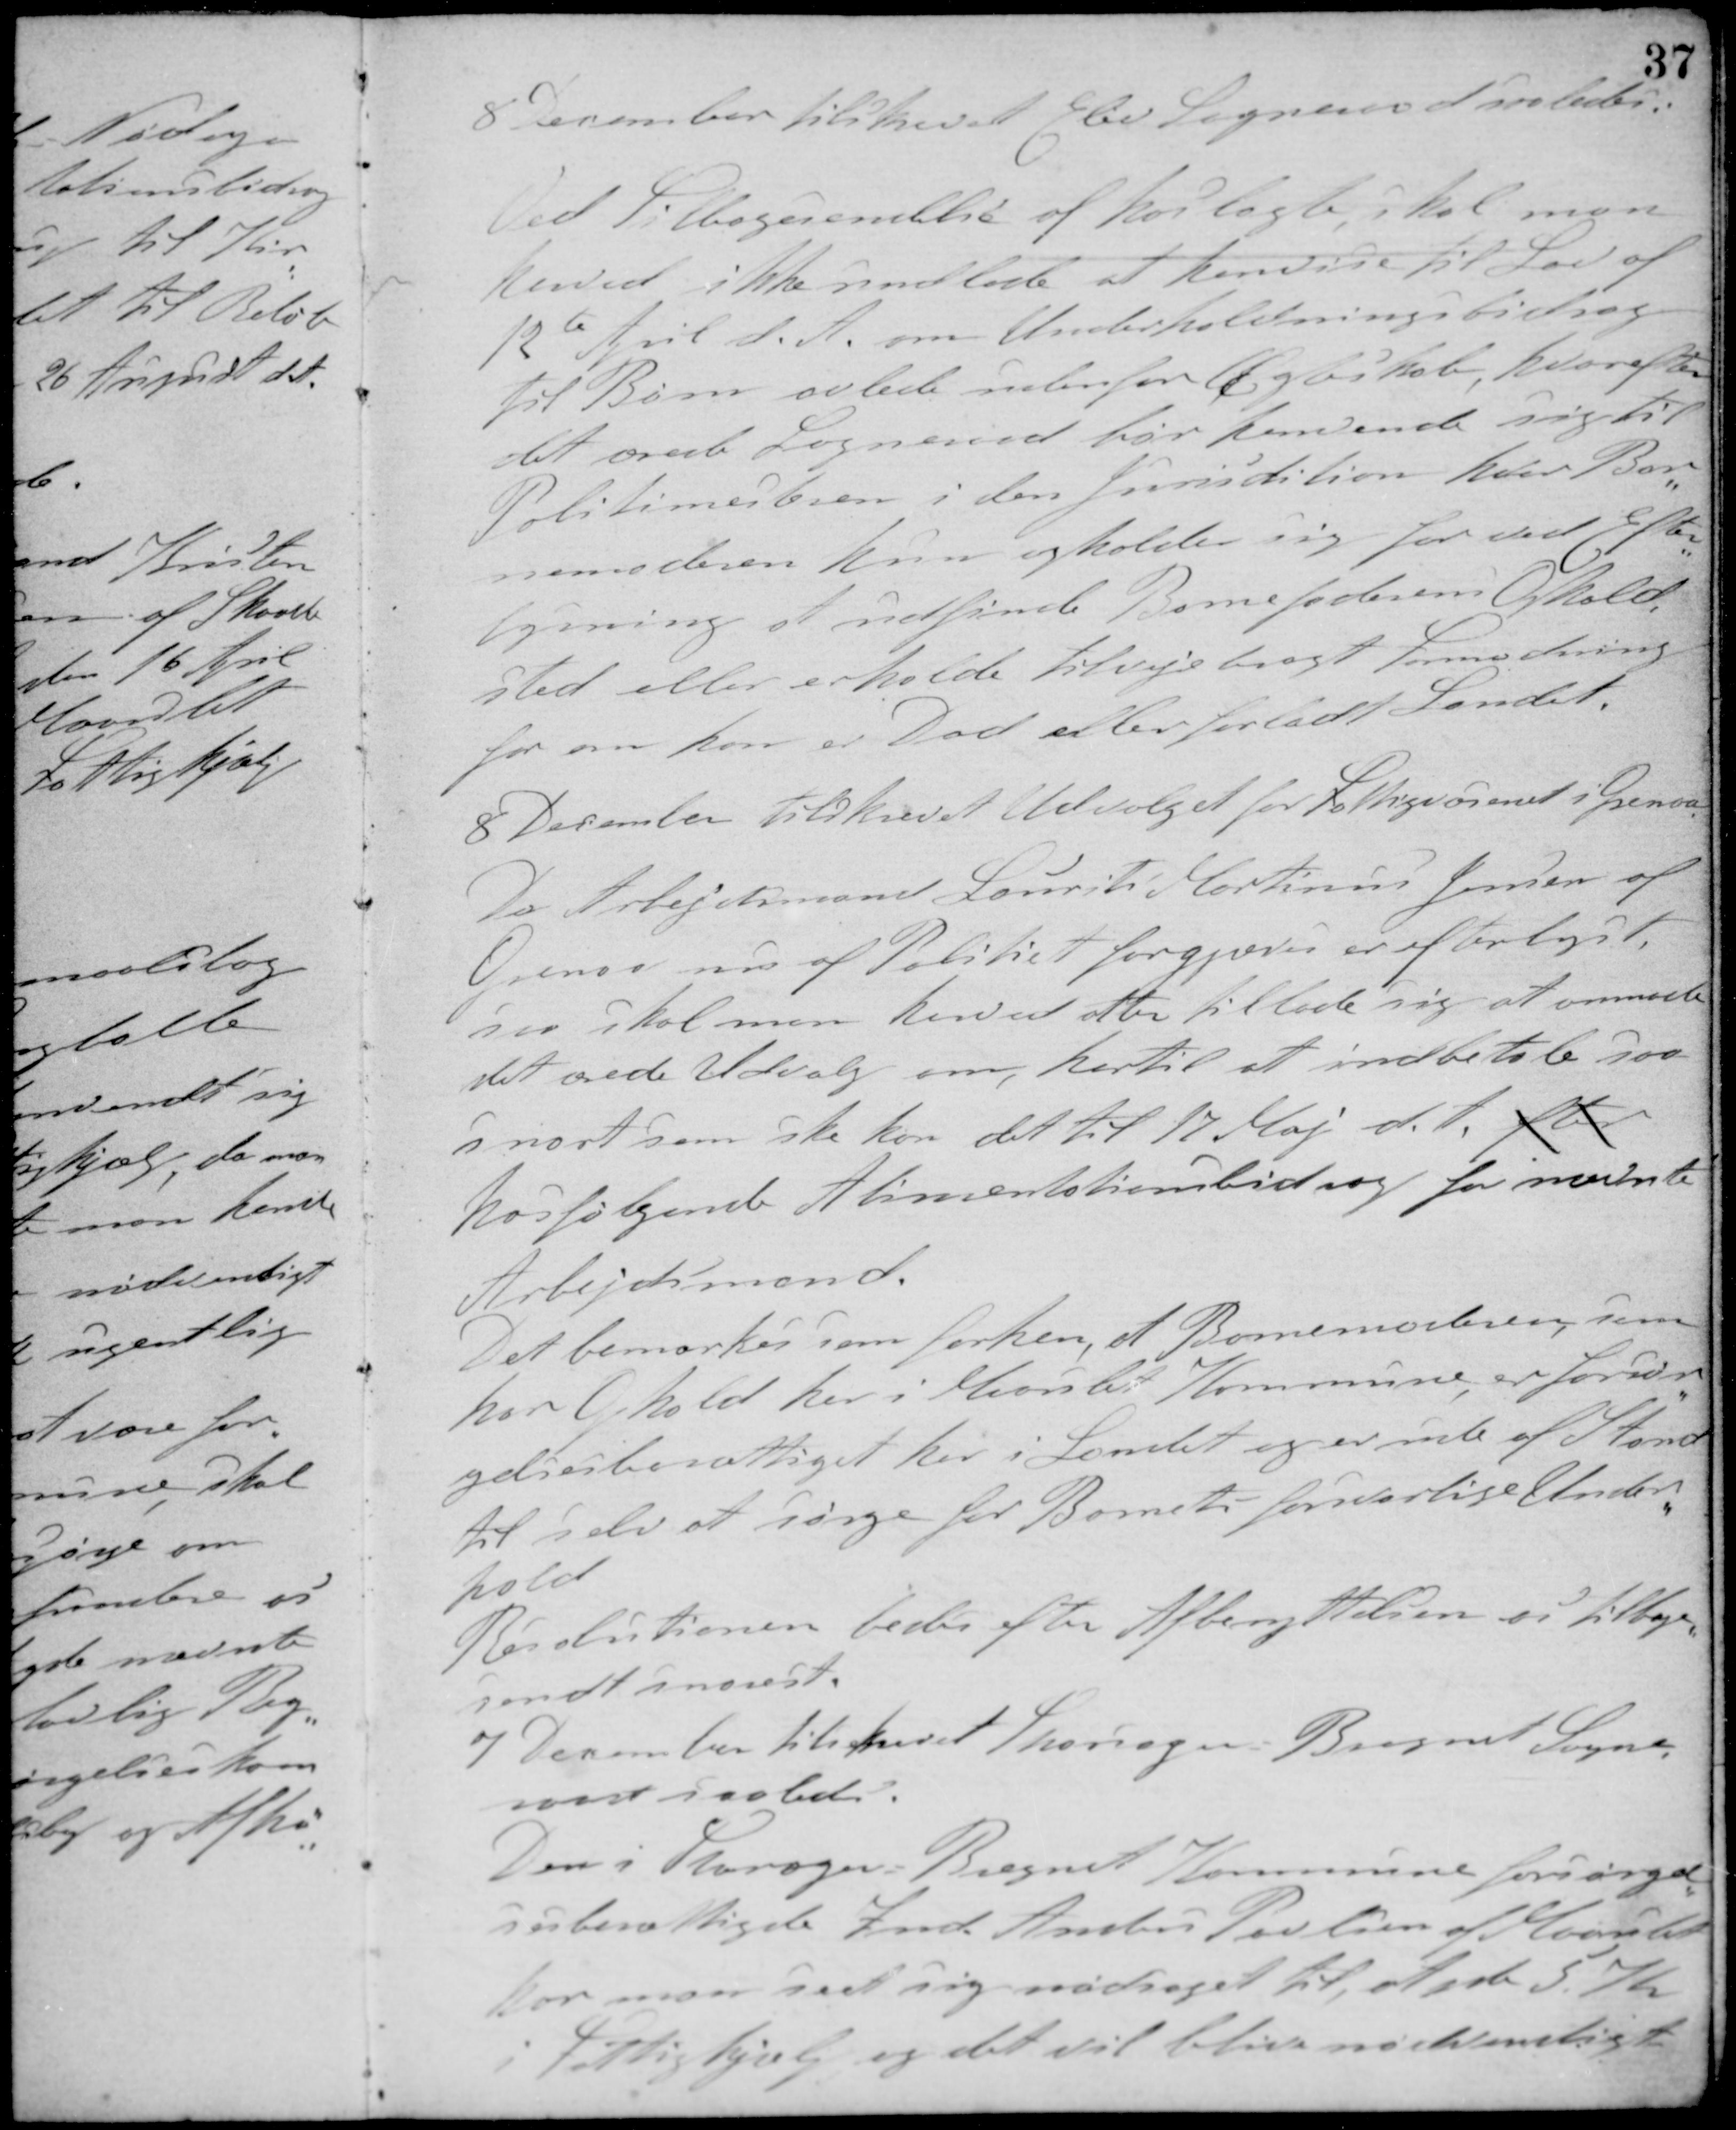
Transskription:
8 December tilskrevet Elev Sogneraad saaledes:
Ved Tilbagesendelse af hoslagte, skal man
herved ikke undlade at henvise til Lov af
12te April d. A. om Underholdningsbidrag
til Børn avlede udenfor Ægteskab, hvorefter
det ærede Sogneraad har henvendt sig til
Politimesteren i den Jurisdition hvor Bar-
nemoderen hun opholder sig for ved Efter-
lysning at udfinde Barnefaderens Opholds-
sted eller erholde tilvejebragt Formodning
for om han er Død eller forladt Landet.
8 December tilskrevet Udvalget for Fattigvæsenet i Grenaa
Da Arbejdsmand Laurits Martinus Jensen af
Grenaa nu af Politiet forgjæves er efterlyst
saa skal man herved atter tillade sig at anmode
det ærede Udvalg om, hertil at indbetale saa
snart som ske kan det til 17 Maj d. A. efter
hosfølgende Alimentationsbidrag for nævnte
Arbejdsmand
Det bemærkes som forhen, at Barnemoderen som
har Ophold her i Maarslet Kommune, er forsør-
gelsesberettiget her i Landet og er ude af Stand
til selv at sørge for Barnets forsvarlige Under-
hold
Resolutionen bedes efter Afbenyttelsen os tilbage-
sendt snarest.
7 December tilskrevet Thorsager-Bregnet Sogne-
raad saaledes:
Den i Thorsager-Bregnet Kommune forsørgel-
sesberettigede Ind. Anders Poulsen af Maarslet
har man seet sig nødsaget til at yde 5 Kr
i Fattighjælp og det vil blive nødvendigt